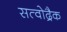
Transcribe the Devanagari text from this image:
सत्वोद्रैक